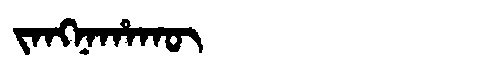
Manchu: ᠵᠠᠩᠨᠠᡥᠠᡴᡡ
Romanization: JANGNAHAKŪ